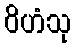
ဝိဟံသု